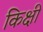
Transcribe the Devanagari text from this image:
किक्षी